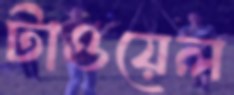
টাওয়েল